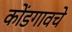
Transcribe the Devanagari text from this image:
कोंडगावचे